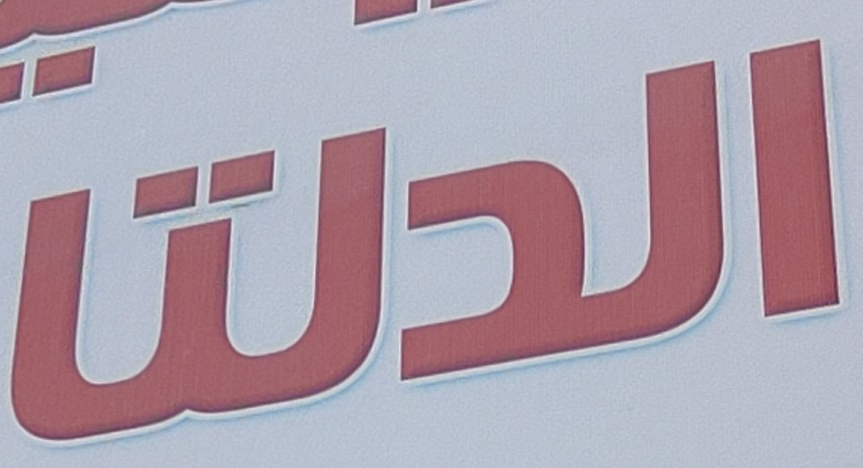
الدلتا